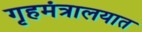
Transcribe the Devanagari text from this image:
गृहमंत्रालयात